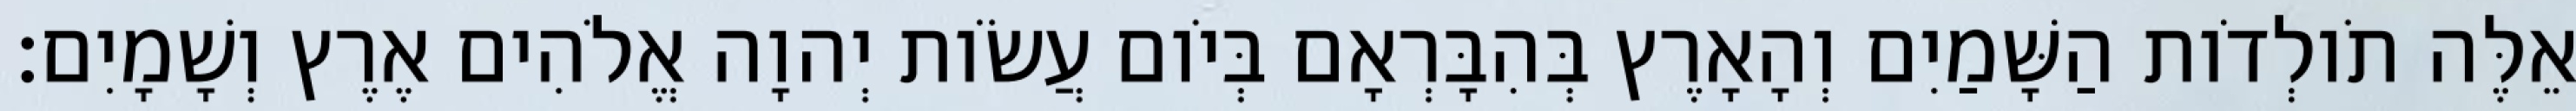
אֵלֶּה תֹולְדֹות הַשָּׁמַיִם וְהָאָרֶץ בְּהִבָּרְאָם בְּיֹום עֲשֹׂות יְהוָה אֱלֹהִים אֶרֶץ וְשָׁמָיִם׃